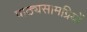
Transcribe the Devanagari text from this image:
पाठ्यसामग्रियों